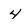
Character: 4